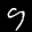
Label: 9